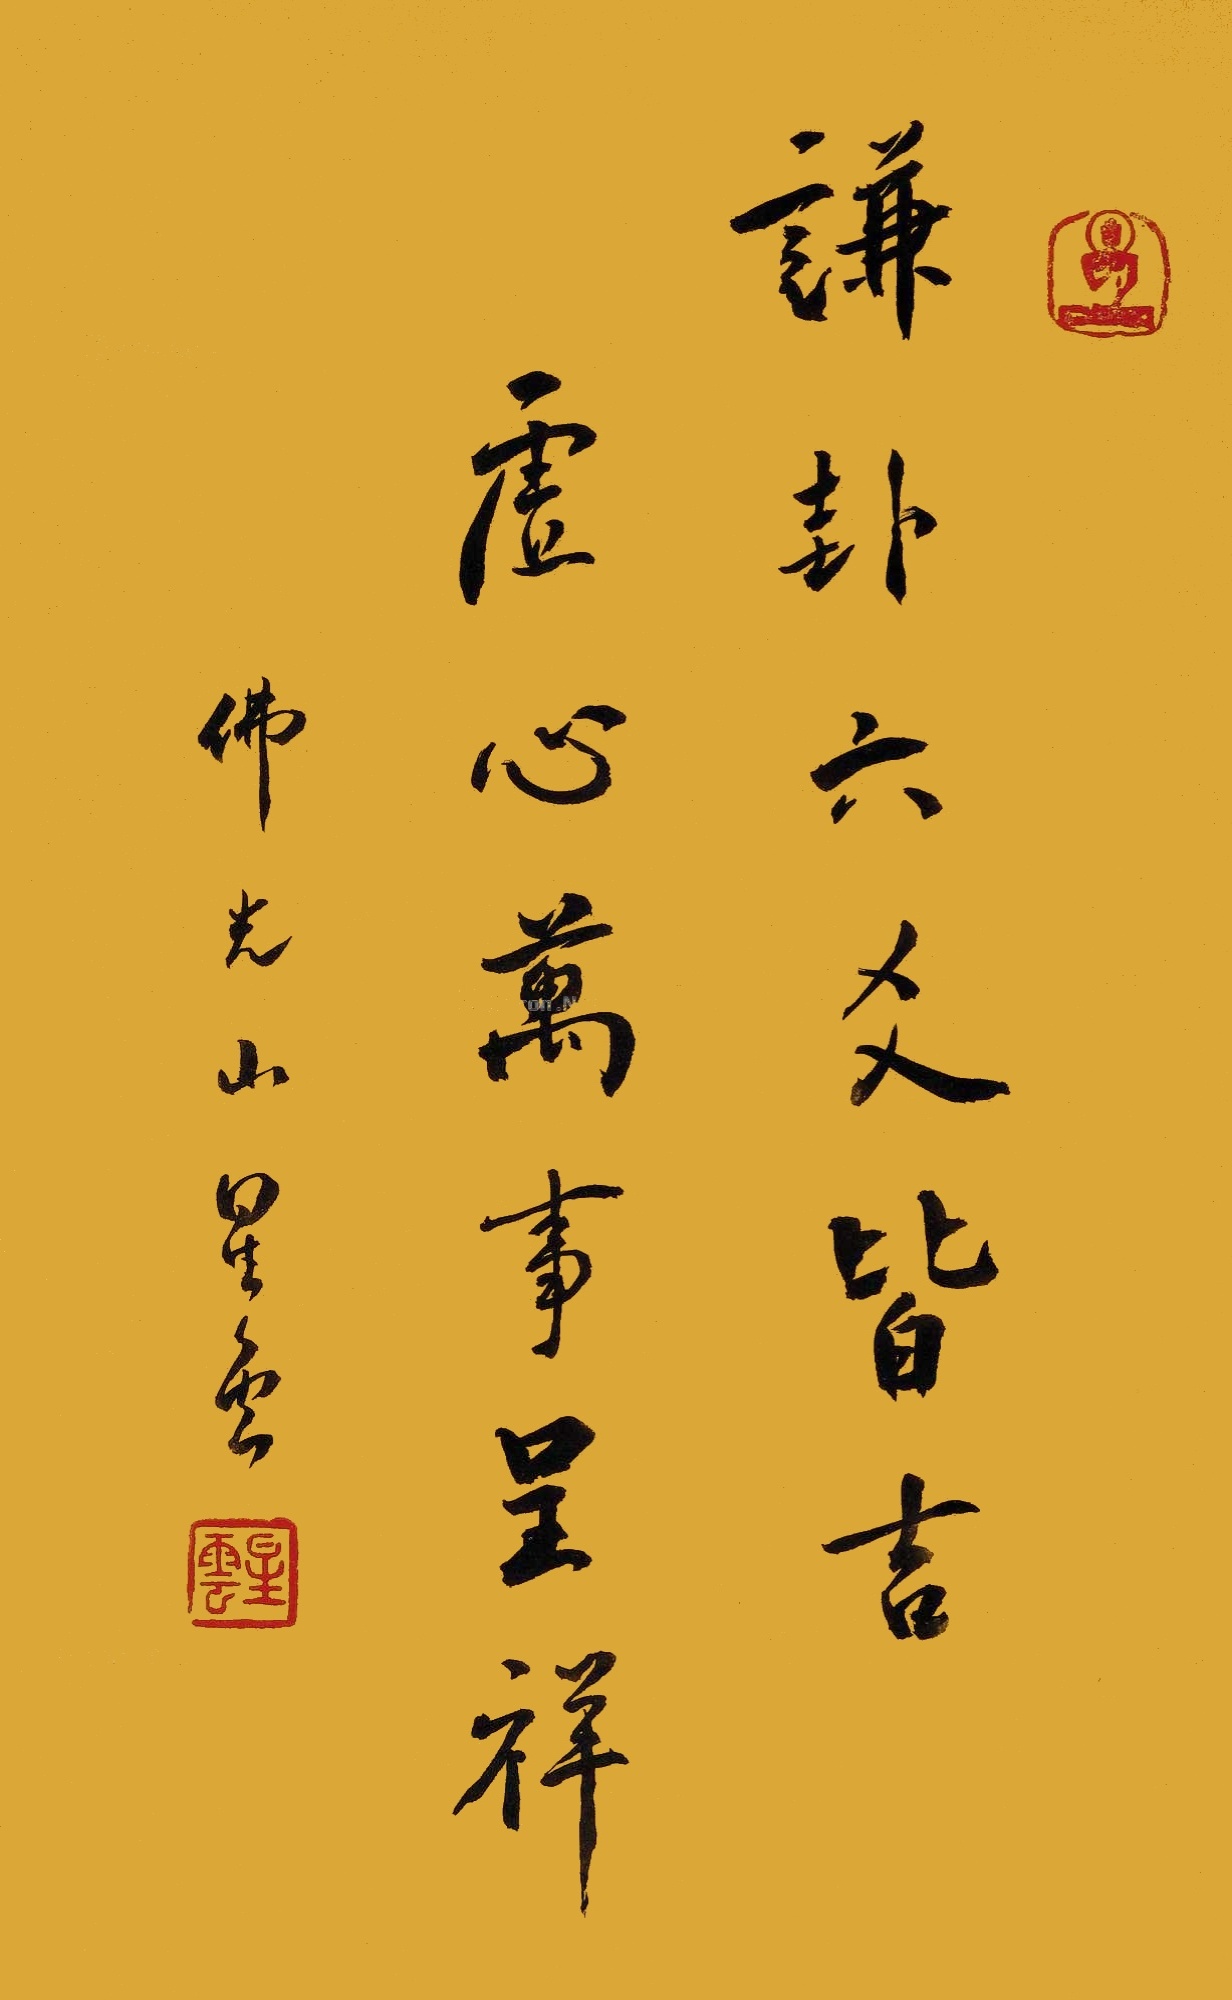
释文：谦卦六爻皆吉，虚心万事呈祥佛光山星云